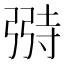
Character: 𫸺